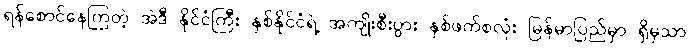
ရန်စောင်နေကြတဲ့ အဲဒီ နိုင်ငံကြီး နှစ်နိုင်ငံရဲ့ အကျိုးစီးပွား နှစ်ဖက်စလုံး မြန်မာပြည်မှာ ရှိမှသာ